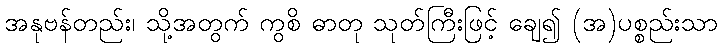
အနုဗန်တည်း၊ သို့အတွက် ကွစိ ဓာတု သုတ်ကြီးဖြင့် ချေ၍ (အ)ပစ္စည်းသာ